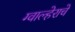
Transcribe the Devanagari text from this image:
ग्वाल्हेराचे